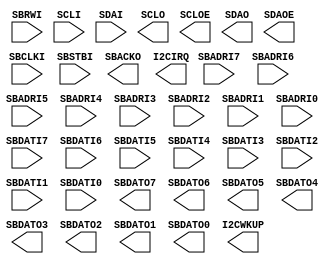
/* verilator lint_off UNUSED */
/* verilator lint_off UNDRIVEN */
(* blackbox *)
module SB_I2C(
	input  SBCLKI,
	input  SBRWI,
	input  SBSTBI,
	input  SBADRI7,
	input  SBADRI6,
	input  SBADRI5,
	input  SBADRI4,
	input  SBADRI3,
	input  SBADRI2,
	input  SBADRI1,
	input  SBADRI0,
	input  SBDATI7,
	input  SBDATI6,
	input  SBDATI5,
	input  SBDATI4,
	input  SBDATI3,
	input  SBDATI2,
	input  SBDATI1,
	input  SBDATI0,
	input  SCLI,
	input  SDAI,
	output SBDATO7,
	output SBDATO6,
	output SBDATO5,
	output SBDATO4,
	output SBDATO3,
	output SBDATO2,
	output SBDATO1,
	output SBDATO0,
	output SBACKO,
	output I2CIRQ,
	output I2CWKUP,
	output SCLO, //inout in the SB verilog library, but output in the VHDL and PDF libs and seemingly in the HW itself
	output SCLOE,
	output SDAO,
	output SDAOE
);
parameter I2C_SLAVE_INIT_ADDR = "0b1111100001";
parameter BUS_ADDR74 = "0b0001";
endmodule
/* verilator lint_on UNUSED */
/* verilator lint_on UNDRIVEN */